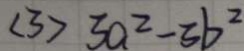
( 3 ) 3 a ^ { 2 } - 3 b ^ { 2 }